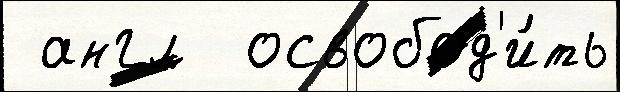
 англ  освобод'и́ть